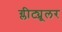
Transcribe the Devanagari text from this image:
ग्लीट्य्रूलर